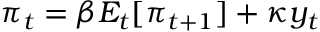
\pi _ { t } = \beta E _ { t } [ \pi _ { t + 1 } ] + \kappa y _ { t }